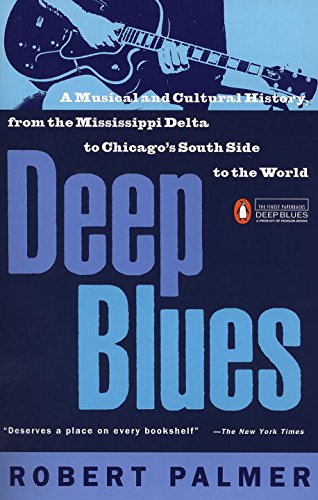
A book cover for Deep Blues: A Musical and Cultural History of the Mississippi Delta; Robert Palmer; Arts & Photography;